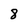
Character: 8